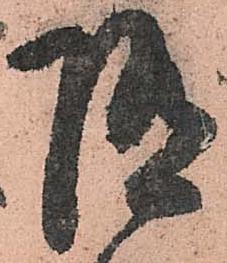
随